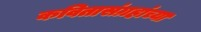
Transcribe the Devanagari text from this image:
कवितासंग्रहांच्या